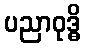
ပညာဝုဒ္ဓိ